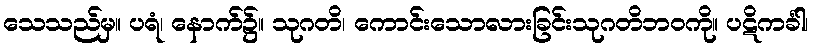
သေသည်မှ။ ပရံ၊ နောက်၌။ သုဂတိ၊ ကောင်းသောလားခြင်းသုဂတိဘဝကို။ ပဋိကင်္ခါ၊